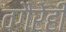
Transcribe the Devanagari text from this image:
वगैरेही